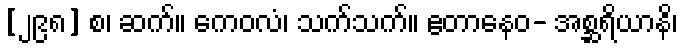
[၂၉၈] စ၊ ဆက်။ ကေဝလံ၊ သက်သက်။ ဧတာနေဝ- အစ္ဆရိယာနိ၊